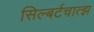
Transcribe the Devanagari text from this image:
सिल्बर्टचात्झ